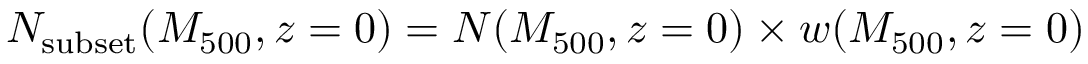
N _ { \mathrm { s u b s e t } } ( M _ { 5 0 0 } , z = 0 ) = N ( M _ { 5 0 0 } , z = 0 ) \times w ( M _ { 5 0 0 } , z = 0 )